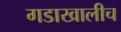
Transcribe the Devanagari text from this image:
गडाखालीच